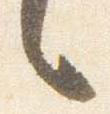
言